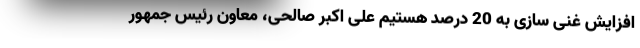
افزایش غنی سازی به 20 درصد هستیم علی اکبر صالحی، معاون رئیس جمهور